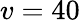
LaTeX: v=40